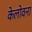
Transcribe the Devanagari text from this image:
केलोवना